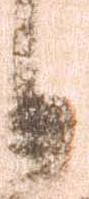
日